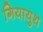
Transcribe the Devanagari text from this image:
गियायुथ